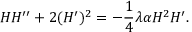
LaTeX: H H ^ { \prime \prime } + 2 ( H ^ { \prime } ) ^ { 2 } = - \frac { 1 } { 4 } \lambda \alpha H ^ { 2 } H ^ { \prime } .